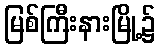
မြစ်ကြီးနားမြို့၌